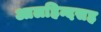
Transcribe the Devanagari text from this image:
आलहिन्दसह